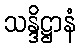
သန္ဒိဋ္ဌာနံ